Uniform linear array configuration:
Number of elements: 64
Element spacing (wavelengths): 1
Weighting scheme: hamming
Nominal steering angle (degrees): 45
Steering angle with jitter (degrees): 45.869
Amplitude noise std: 0.05
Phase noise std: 0.05

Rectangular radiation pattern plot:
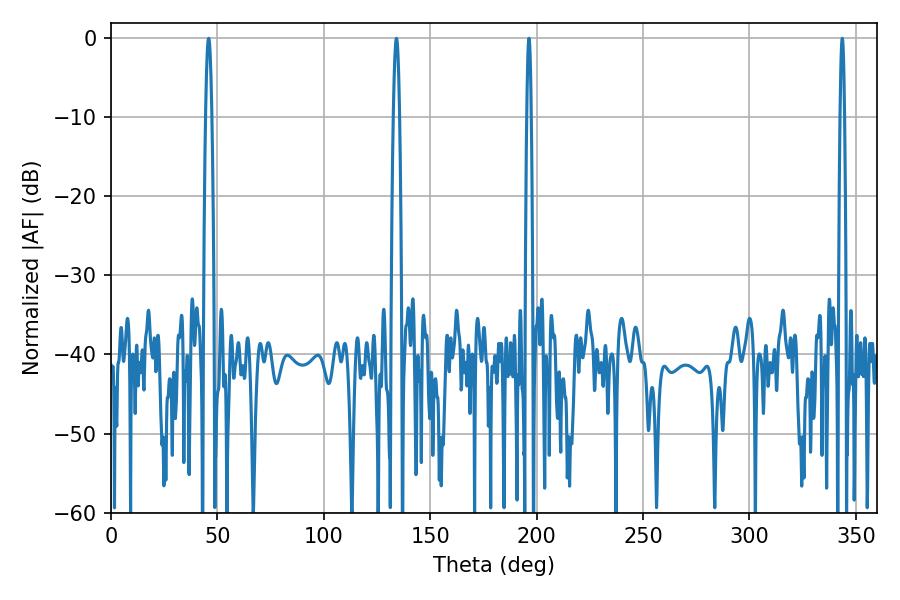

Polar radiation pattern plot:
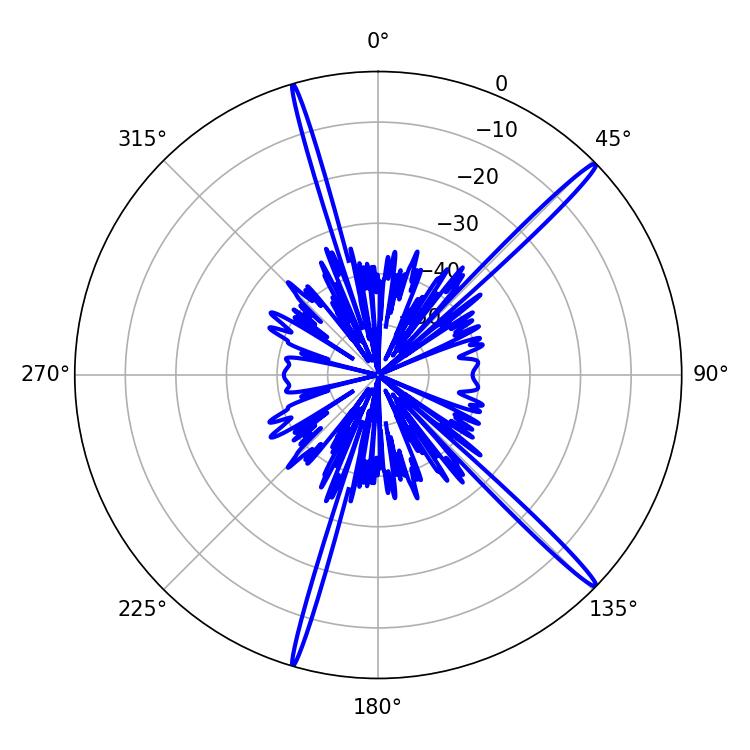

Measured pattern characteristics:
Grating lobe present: TRUE
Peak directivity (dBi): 17.965
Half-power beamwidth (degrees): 1.08
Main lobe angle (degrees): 196.38